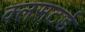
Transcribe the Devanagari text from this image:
क्लसटर्ड